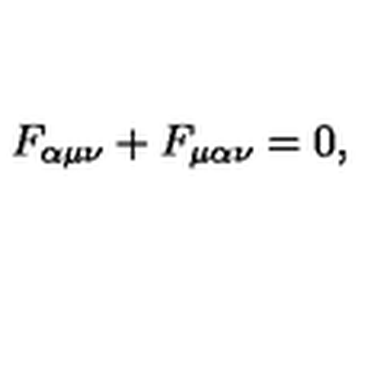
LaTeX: F _ { \alpha \mu \nu } + F _ { \mu \alpha \nu } = 0 ,